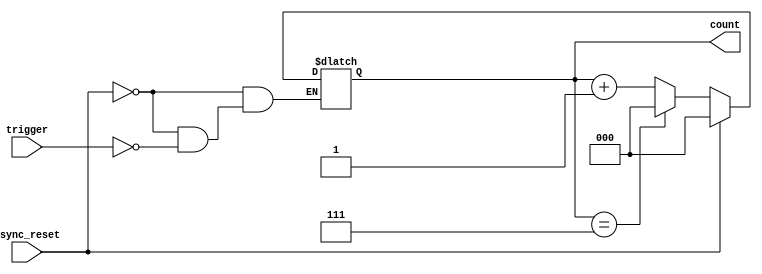
module mod_n_async_counter (
    input wire trigger,         // Counting trigger input
    input wire async_reset,     // Asynchronous reset input
    output reg [2:0] count      // 3-bit output count
);

// Asynchronous reset and counting logic
always @(*) begin
    if (async_reset) begin
        count = 3'b000; // Reset count to 0
    end else if (trigger) begin
        if (count == 3'b111) begin
            count = 3'b000; // Reset to 0 when reaching 7
        end else begin
            count = count + 1; // Increment count
        end
    end
end

endmodule